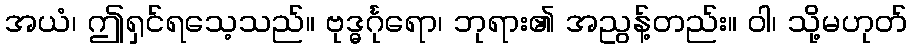
အယံ၊ ဤရှင်ရသေ့သည်။ ဗုဒ္ဓင်္ဂုရော၊ ဘုရား၏ အညွန့်တည်း။ ဝါ၊ သို့မဟုတ်